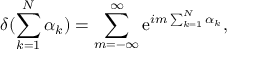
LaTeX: \delta ( \sum _ { k = 1 } ^ { N } \alpha _ { k } ) = \sum _ { m = - \infty } ^ { \infty } \mathrm { e } ^ { i m \sum _ { k = 1 } ^ { N } \alpha _ { k } } ,